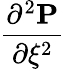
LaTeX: \frac{\partial^{2}\mathbf{P}}{\partial\xi^{2}}